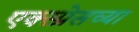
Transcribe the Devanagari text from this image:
एक्स्प्रेसच्या